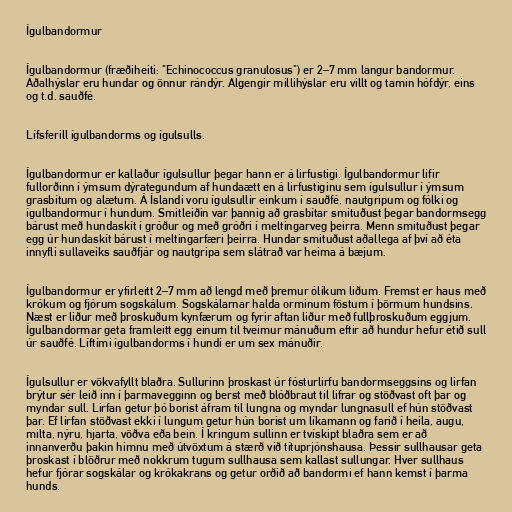
Ígulbandormur

Ígulbandormur (fræðiheiti: "Echinococcus granulosus") er 2–7 mm langur bandormur.
Aðalhýslar eru hundar og önnur rándýr. Algengir millihýslar eru villt og tamin hófdýr, eins
og t.d. sauðfé.

Lífsferill ígulbandorms og ígulsulls.

Ígulbandormur er kallaður ígulsullur þegar hann er á lirfustigi. Ígulbandormur lifir
fullorðinn í ýmsum dýrategundum af hundaætt en á lirfustiginu sem ígulsullur í ýmsum
grasbítum og alætum. Á Íslandi voru ígulsullir einkum í sauðfé, nautgripum og fólki og
ígulbandormur í hundum. Smitleiðin var þannig að grasbítar smituðust þegar bandormsegg
bárust með hundaskít í gróður og með gróðri í meltingarveg þeirra. Menn smituðust þegar
egg úr hundaskít bárust í meltingarfæri þeirra. Hundar smituðust aðallega af því að éta
innyfli sullaveiks sauðfjár og nautgripa sem slátrað var heima á bæjum.

Ígulbandormur er yfirleitt 2–7 mm að lengd með þremur ólíkum liðum. Fremst er haus með
krókum og fjórum sogskálum. Sogskálarnar halda orminum föstum í þörmum hundsins.
Næst er liður með þroskuðum kynfærum og fyrir aftan liður með fullþroskuðum eggjum.
Ígulbandormar geta framleitt egg einum til tveimur mánuðum eftir að hundur hefur étið sull
úr sauðfé. Líftími ígulbandorms í hundi er um sex mánuðir.

Ígulsullur er vökvafyllt blaðra. Sullurinn þroskast úr fósturlirfu bandormseggsins og lirfan
brýtur sér leið inn í þarmavegginn og berst með blóðbraut til lifrar og stöðvast oft þar og
myndar sull. Lirfan getur þó borist áfram til lungna og myndar lungnasull ef hún stöðvast
þar. Ef lirfan stöðvast ekki í lungum getur hún borist um líkamann og farið í heila, augu,
milta, nýru, hjarta, vöðva eða bein. Í kringum sullinn er tvískipt blaðra sem er að
innanverðu þakin himnu með útvöxtum á stærð við títuprjónshausa. Þessir sullhausar geta
þroskast í blöðrur með nokkrum tugum sullhausa sem kallast sullungar. Hver sullhaus
hefur fjórar sogskálar og krókakrans og getur orðið að bandormi ef hann kemst í þarma
hunds.